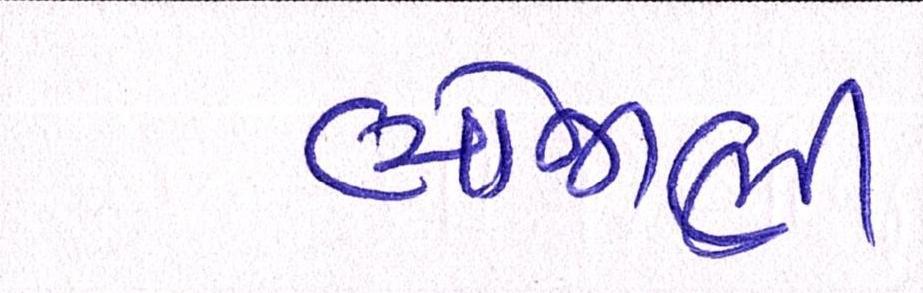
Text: ભોજાણી